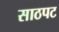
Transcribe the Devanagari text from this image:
साठपट